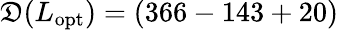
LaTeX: \mathfrak{D}(L_{\mathrm{{opt}}})=(366-143+20)